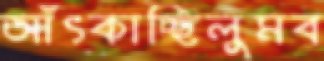
আঁৎকাচ্ছিলুমব